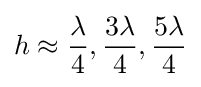
h\approx {\lambda  \over 4},{3\lambda  \over 4},{5\lambda  \over 4}